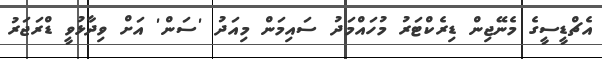
އެޗްޑީސީގެ މެނޭޖިން ޑިރެކްޓަރު މުހައްމަދު ސައިމަން މިއަދު 'ސަން' އަށް ވިދާޅުވީ ޑްރަޖަރު